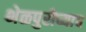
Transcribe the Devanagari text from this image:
भेळपुरीच्याच